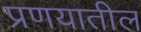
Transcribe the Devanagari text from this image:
प्रणयातील